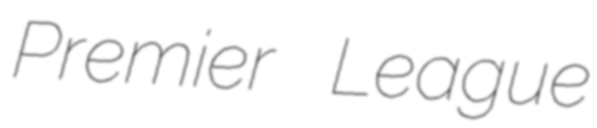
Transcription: Premier League